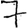
Digit: 7